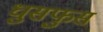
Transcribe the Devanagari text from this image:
धुसफुस